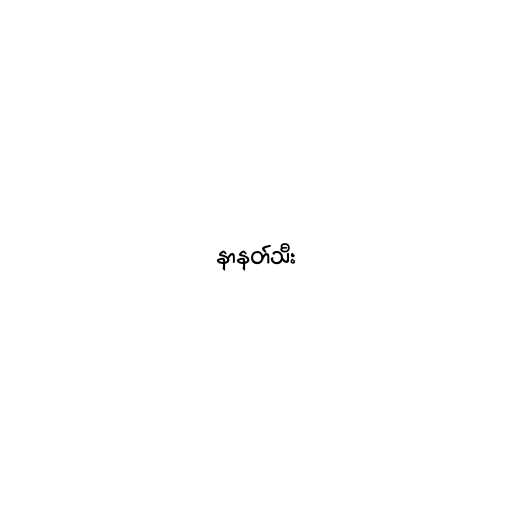
နာနတ်သီး